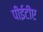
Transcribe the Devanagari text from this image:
पीईटीए